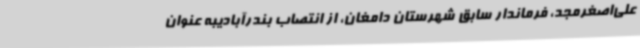
علی‌اصغرمجد، فرماندار سابق شهرستان دامغان، از انتصاب بندرآبادیبه عنوان